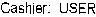
CASHIER: USER